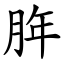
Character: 脌